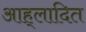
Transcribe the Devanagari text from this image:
आह्‌लादित